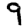
Digit: 9